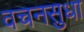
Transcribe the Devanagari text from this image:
वचनसुधा